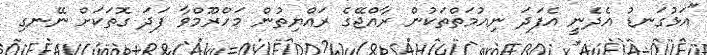
"އަޅުގަނޑު އެދެނީ އެފަދަ ނިއުމަތްތަކުން ރާއްޖޭގެ ރައްޔިތުން މަހްރޫމްވާ ފަދަ ގޮތަކަށް ނޭނގި